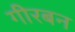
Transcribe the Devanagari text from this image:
गीरबन